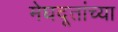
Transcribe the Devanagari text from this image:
मेघदूतांच्या